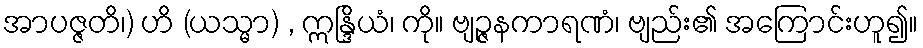
အာပဇ္ဇတိ၊) ဟိ (ယသ္မာ) , ဣန္ဒြိယံ၊ ကို။ ဗျဉ္ဇနကာရဏံ၊ ဗျည်း၏ အကြောင်းဟူ၍။